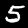
Digit: 5